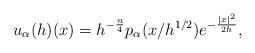
LaTeX: \begin{align*}u_\alpha(h)(x)=h^{-\frac{n}{4}}p_\alpha(x/h^{1/2}) e^{-\frac{|x|^2}{2h}},\end{align*}